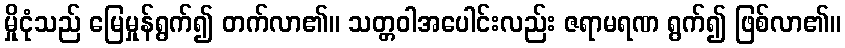
မှိုငုံသည် မြေမှုန်ရွက်၍ တက်လာ၏။ သတ္တဝါအပေါင်းလည်း ဇရာမရဏ ရွက်၍ ဖြစ်လာ၏။